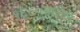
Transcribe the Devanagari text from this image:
१६८०मधील